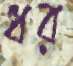
ধর